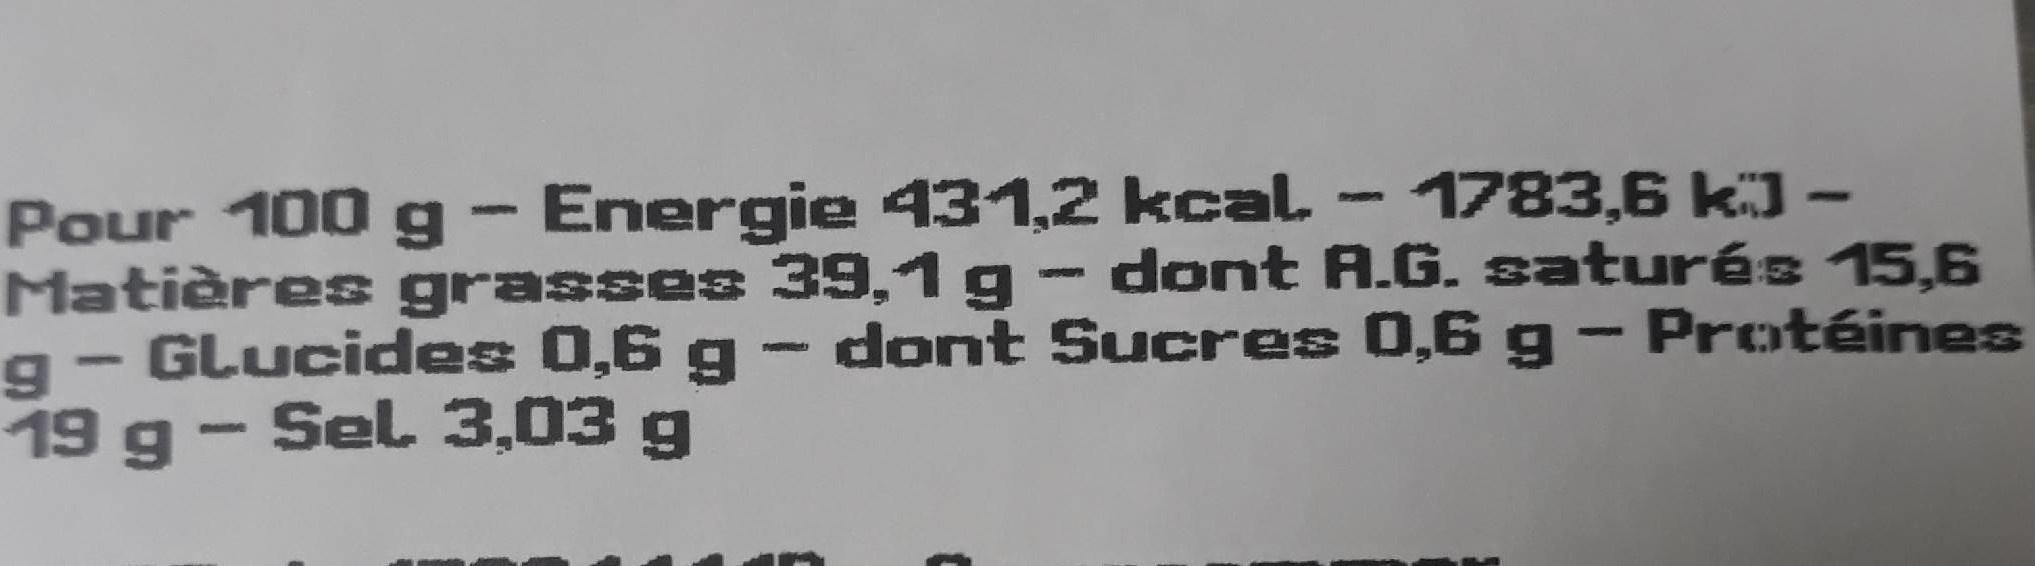
Pour 100 g - Energie 431,2 kcal. - 1783,6 k) – Matières grasses 39,1g- dont A.G. saturés 15,6 - GLucides 0,6 g - dont Sucres 0,6 g - Protéines
-6 19 g - Sel 3,03 g